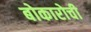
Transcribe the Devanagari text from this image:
बोकारोची